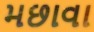
મછાવા